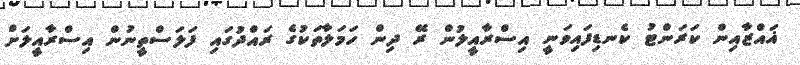
ޣައްޒާއިން ކަރަންޓު ކެނޑިފައިވަނީ އިސްރާއީލުން ރޭ ދިން ހަމަލާތަކުގެ ރައްދުގައި ފަލަސްތީނުން އިސްރާއީލަށް